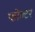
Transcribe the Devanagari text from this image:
फोल्टर